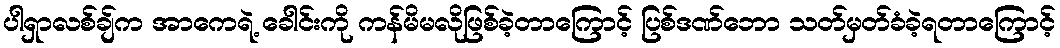
ပါရှာလစ်ချ်က အာကေရဲ့ ခေါင်းကို ကန်မိမလိုဖြစ်ခဲ့တာကြောင့် ပြစ်ဒဏ်ဘော သတ်မှတ်ခံခဲ့ရတာကြောင့်